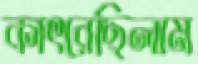
কাৎরেছিলাম